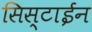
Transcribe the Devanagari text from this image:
सिस्टाईन